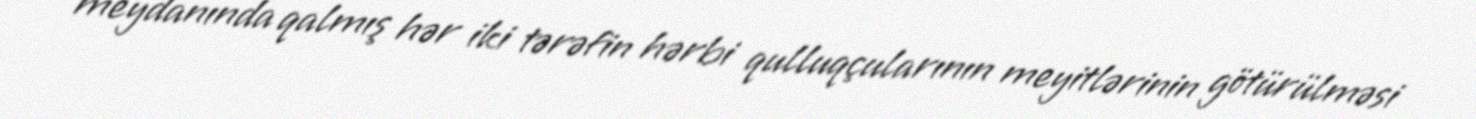
meydanında qalmış hər iki tərəfin hərbi qulluqçularının meyitlərinin götürülməsi